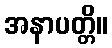
အနာပတ္တိ။